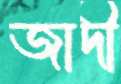
জাদী